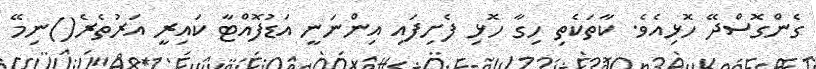
ގެންގޮސްދޭ ހޮޅިއެވެ. ކާތަކެތި ހިގާ ހޮޅި ފެށިފައި އިންނަނީ އަޑުފޮއްޓާ ކައިރީ އަރުތެރެ()ނިމޭ